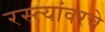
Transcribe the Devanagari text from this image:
रस्त्यांवरचे